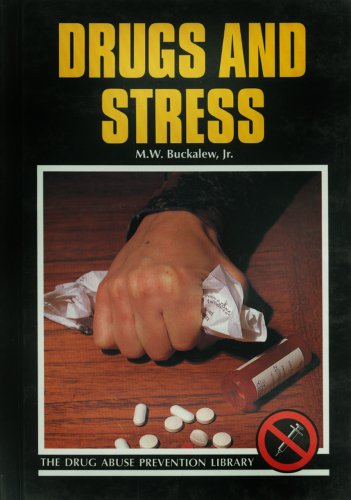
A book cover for Drugs and Stress (Drug Abuse Prevention Library); M. W. Buckalew; Teen & Young Adult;